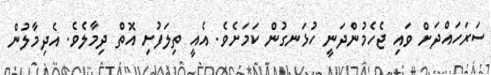
ސަރަހައްދަށް ވައި ޖެހެމުންދަނީ ހުޅަނގުން ކަމަށެވެ. އެއީ ތިލަފުށި އޮތް ދިމާލެވެ. އެދިމާލުން